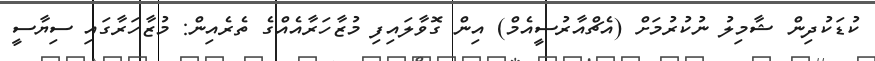
ކުޑަކުދިން ޝާމިލު ނުކުރުމަށް (އެޗްއާރުސީއެމް) އިން ގޮވާލައިފި މުޒާހަރާއެއްގެ ތެރެއިން: މުޒާހަރާގައި ސިޔާސީ